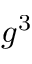
g ^ { 3 }